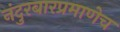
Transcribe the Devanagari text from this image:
नंदुरबारप्रमाणेच